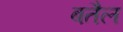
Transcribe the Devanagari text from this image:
बतैल